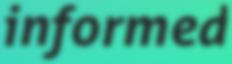
informed